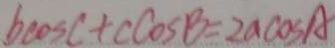
b \cos C + c \cos B = 2 a \cos A